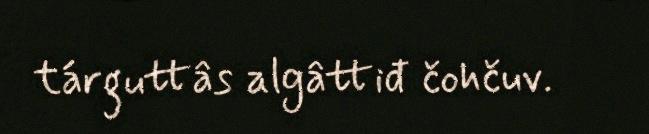
tárguttâs algâttiđ čohčuv.